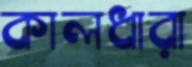
কালধারা